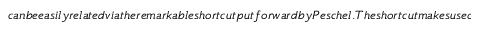
c a n b e e a s i l y r e l a t e d v i a t h e r e m a r k a b l e s h o r t c u t p u t f o r w a r d b y P e s c h e l . T h e s h o r t c u t m a k e s u s e o f t w o i n s i g h t s : ( 1 ) T h e r e d u c e d s t a t e